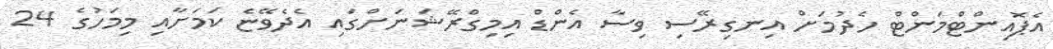
އެޕޮއިންޓްމަންޓް ހެދުމަށް އިނގިރޭސި ވިސާ އެންޑް އިމިގްރޭޝަނަށްގައި އެދެވޭޏެ ކަމަށާއި މިމަހުގެ 24